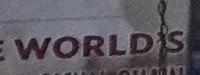
world's